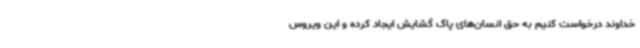
خداوند درخواست کنیم به حق انسان‌های پاک گشایش ایجاد کرده و این ویروس